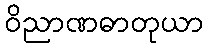
ဝိညာဏဓာတုယာ